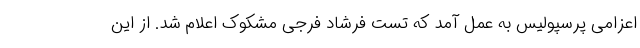
اعزامی پرسپولیس به عمل آمد که تست فرشاد فرجی مشکوک اعلام شد. از این